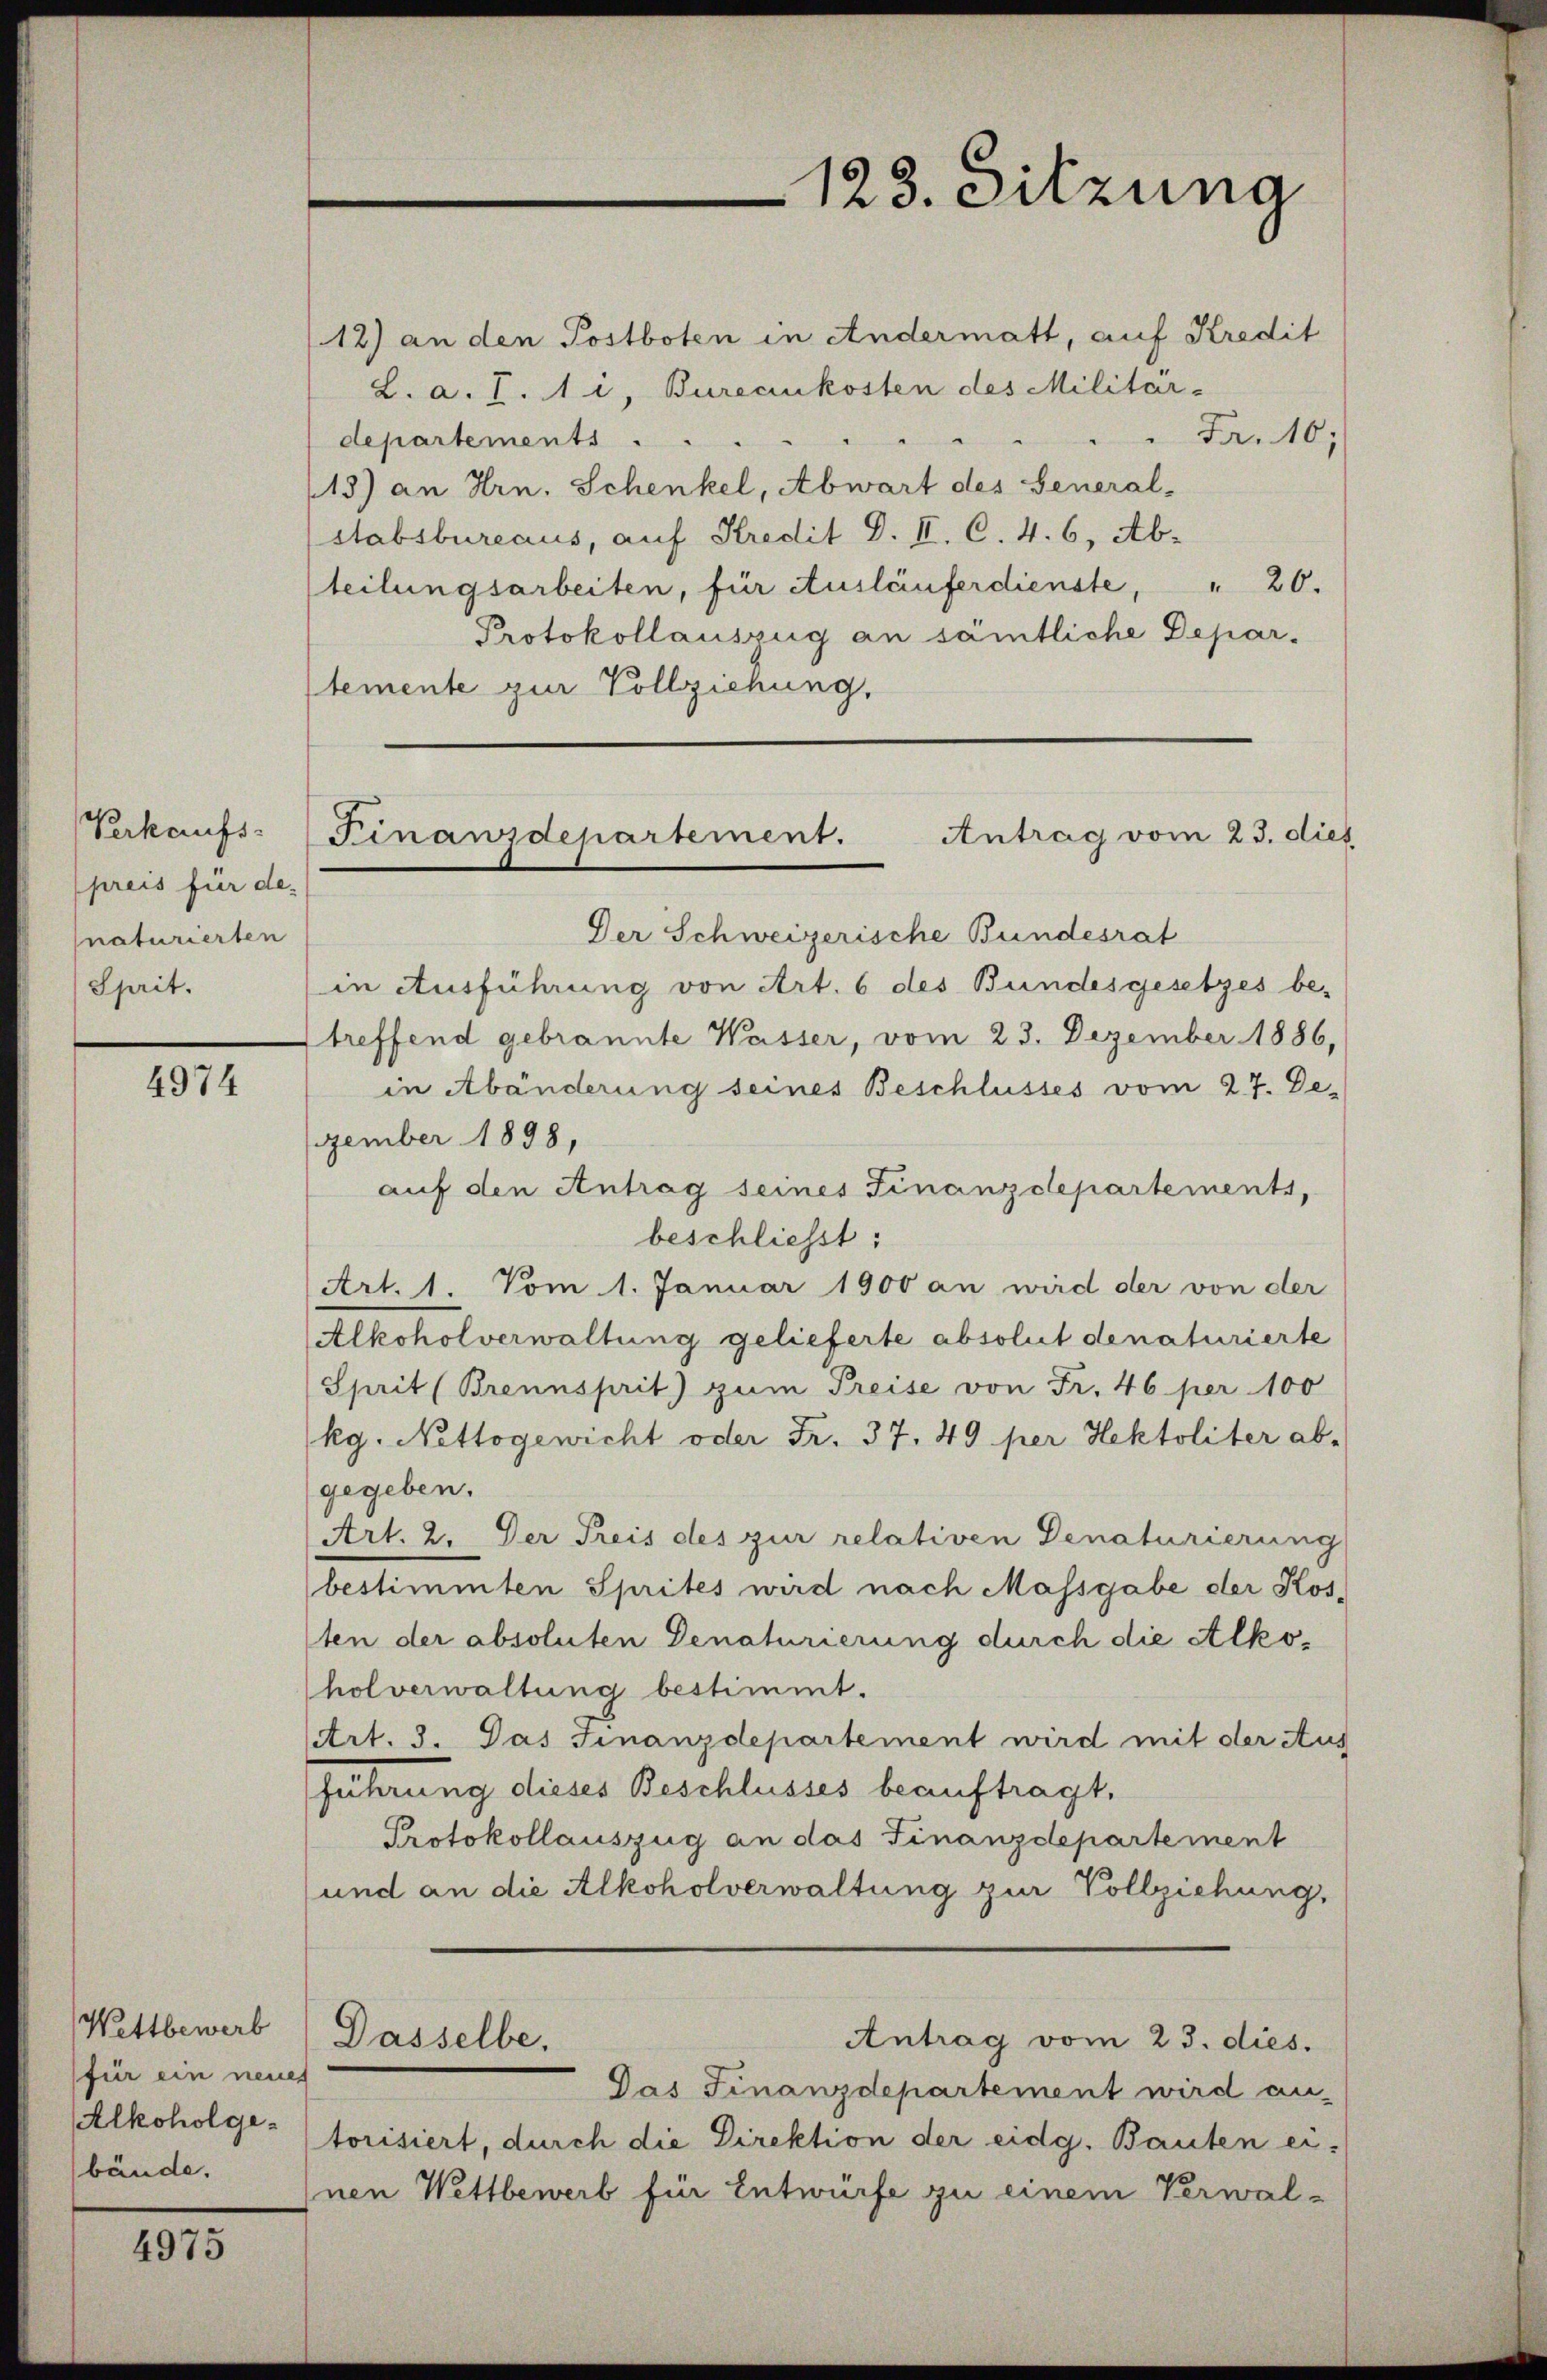
Verkaufs-
preis für denaturierten
Sprit.

4974

Wettbewerb
für ein neues
Alkoholgebände.

4975

12) an den Postboten in Andermatt, auf Kredit
L. a. S. 1 i, Bureaukosten des Militar-
Fr. 10;
departements . . .
13) an Hrn. Schenkel, Abwart des General-
stabsbureaus, auf Kredit d. II. C. 4. 6, Ab-
" 20.
teilungsarbeiten, für Ausläuferdienste,
Protokollauszug an sämtliche Depar-
stemente zur Vollziehung,
Der Schweizerische Bundesrat
in Ausführung von Art. 6 des Bundesgesetzes be-
treffend gebrannte Wasser, vom 23. Dezember 1886,
in Abänderung seines Beschlusses vom 27. Dezember 1898,
auf den Antrag seines Finanzdepartements,
beschliesst:
Art. 1. Vom 1. Januar 1900 an wird der von der
Alkoholverwaltung gelieferte absolut denaturierte
Sprit (Brennsprit) zum Preise von Fr. 46 per 100
kg. Nettogewicht oder Fr. 37. 49 per Hektoliter ab-
gegeben.
Art. 2. Der Preis des zur relativen Denaturierung
bestimmten Sprites wird nach Massgabe der Kos-
ten der absoluten Denaturierung durch die Alkoholverwaltung bestimmt.
(Art. 3. Das Finanzdepartement wird mit der Aus
führung dieses Beschlusses beauftragt.
Protokollauszug an das Finanzdepartement
und an die Alkoholverwaltung zur Vollziehung,
Dasselbe.
Antrag vom 23. dies.
Das Finanzdepartement wird an-
torisiert, durch die Direktion der eidg. Bauten er-
nen Wettbewerb für Entwurfe zu einem Verwal¬

123. Sitzung

Finanzdepartement. Antrag vom 23. dies